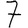
Digit: 7